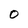
Character: 0